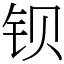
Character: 钡